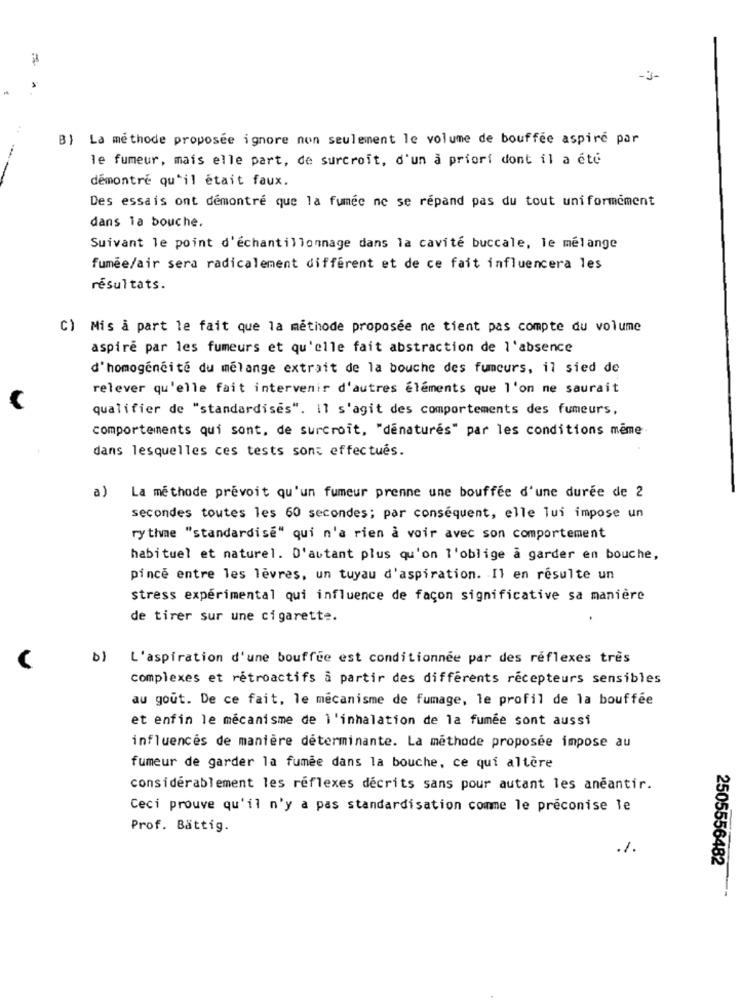
-3-
B) La méthode proposée ignore non seulement le volume de bouffée aspire par
le fumeur, mais elle part, de surcroît, d'un a priori dont il a été
démontré qu'il était faux.
Des essais ont démontré que la fumée ne se répand pas du tout uniformement
dans la bouche.
Suivant le point d'échantillonnage dans la cavité buccale, le mélange
fumée/air sera radicalement différent et de ce fait influencera les
résultats.
C) Mis a part le fait que la méthode proposée ne tient pas compte du volume
aspiré par les fumeurs et qu'elle fait abstraction de l'absence
d'homogénéité du mélange extrait de la bouche des fumeurs, il sied de
relever qu'elle fait intervenir d'autres éléments que l'on ne saurait
qualifier de "standardises". Il s'agit des comportements des fumeurs,
comportements qui sont, de surcroît, "denatures" par les conditions même
dans lesquelles ces tests sont effectués.
a)
La methode prevoit qu'un fumeur prenne une bouffee d'une durée de 2
secondes toutes les 60 secondes; par conséquent, elle lui impose un
rythme "standardise" qui n'a rien à voir avec son comportement
habituel et naturel. D'autant plus qu'on l'oblige a garder en bouche,
pincé entre les lèvres, un tuyau d'aspiration. Il en résulte un
Stress expérimental qui influence de façon significative sa manière
de tirer sur une cigarette.
b) L'aspiration d'une bouffée est conditionnée par des réflexes très
complexes et rétroactifs à partir des différents récepteurs sensibles
au gout. De ce fait, le mécanisme de fumage, le profil de la bouffée
et enfin le mécanisme de l'inhalation de la fumée sont aussi
influencés de manière déterminante. La méthode proposée impose au
fumeur de garder la fumée dans la bouche, ce qui altère
considérablement les réflexes décrits sans pour autant les anéantir.
Ceci prouve qu'il n'y a pas standardisation comme le préconise le
Prof. Bättig.
2505556482